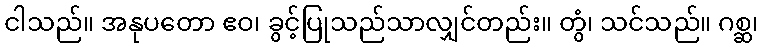
ငါသည်။ အနုပတော ဧဝ၊ ခွင့်ပြုသည်သာလျှင်တည်း။ တွံ၊ သင်သည်။ ဂစ္ဆ၊